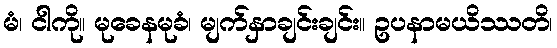
မံ၊ ငါကို။ မုခေနမုခံ၊ မျက်နှာချင်းချင်း။ ဥပနာမယိဿတိ၊